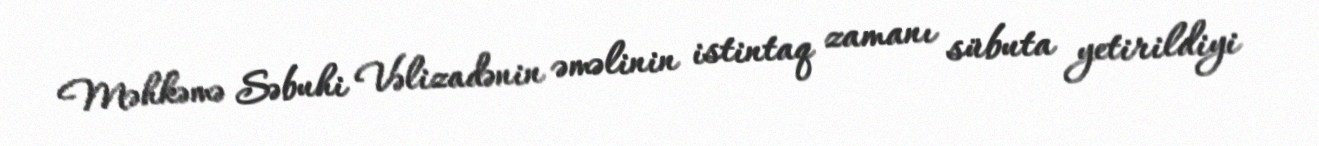
Məhkəmə Səbuhi Vəlizadənin əməlinin istintaq zamanı sübuta yetirildiyi